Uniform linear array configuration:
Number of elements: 16
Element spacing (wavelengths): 0.75
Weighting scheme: hann
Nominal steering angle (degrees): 15
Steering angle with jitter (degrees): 14.347
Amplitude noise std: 0.05
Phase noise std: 0.05

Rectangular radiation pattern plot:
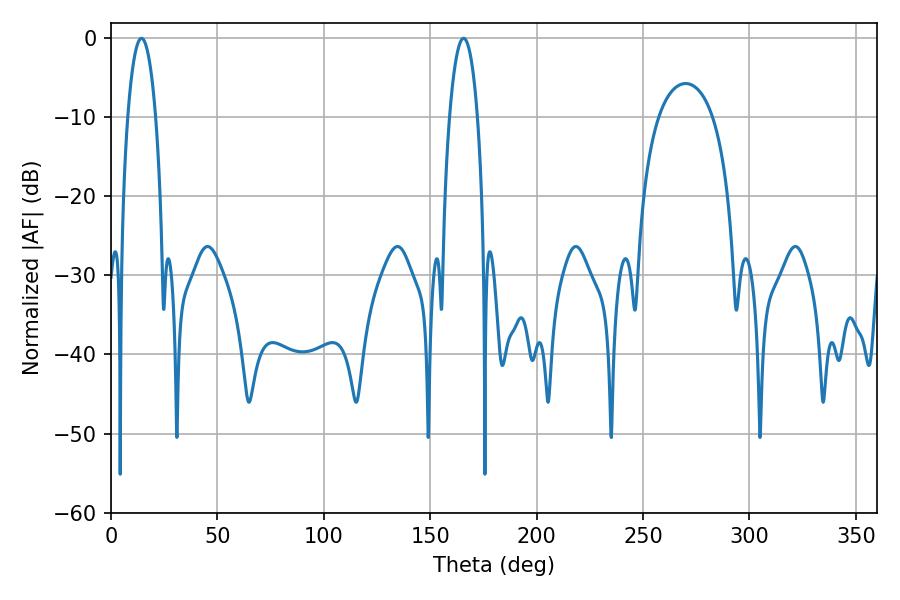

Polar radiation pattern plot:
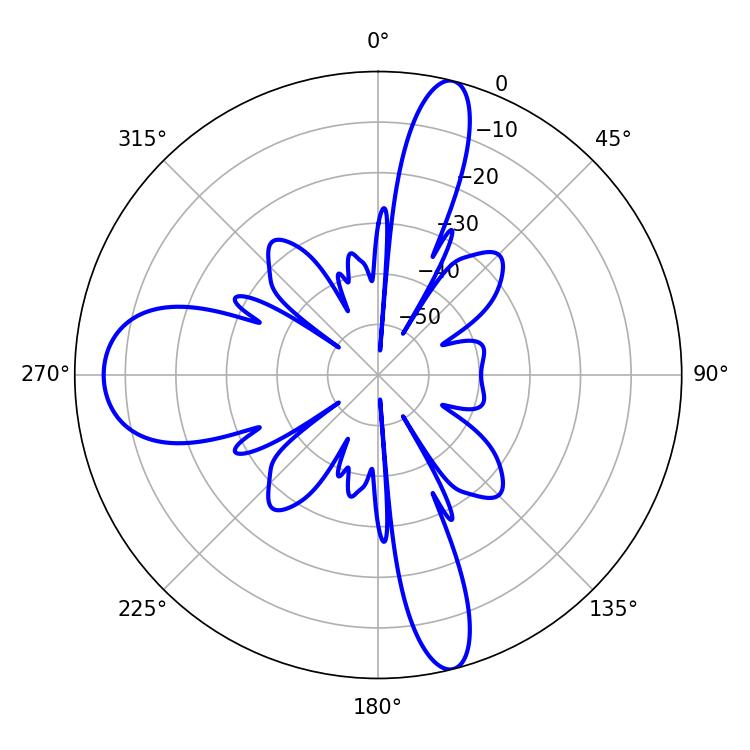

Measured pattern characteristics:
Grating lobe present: TRUE
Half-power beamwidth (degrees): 7.38
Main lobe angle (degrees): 14.4